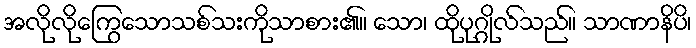
အလိုလိုကြွေသောသစ်သးကိုသာစား၏။ သော၊ ထိုပုဂ္ဂိုလ်သည်။ သာဏာနိပိ၊